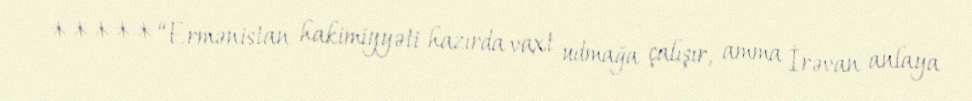
***** “Ermənistan hakimiyyəti hazırda vaxt udmağa çalışır, amma İrəvan anlaya